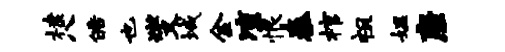
棣八皓也燮域金凉恨秦棺祖媪座